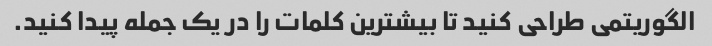
الگوریتمی طراحی کنید تا بیشترین کلمات را در یک جمله پیدا کنید.